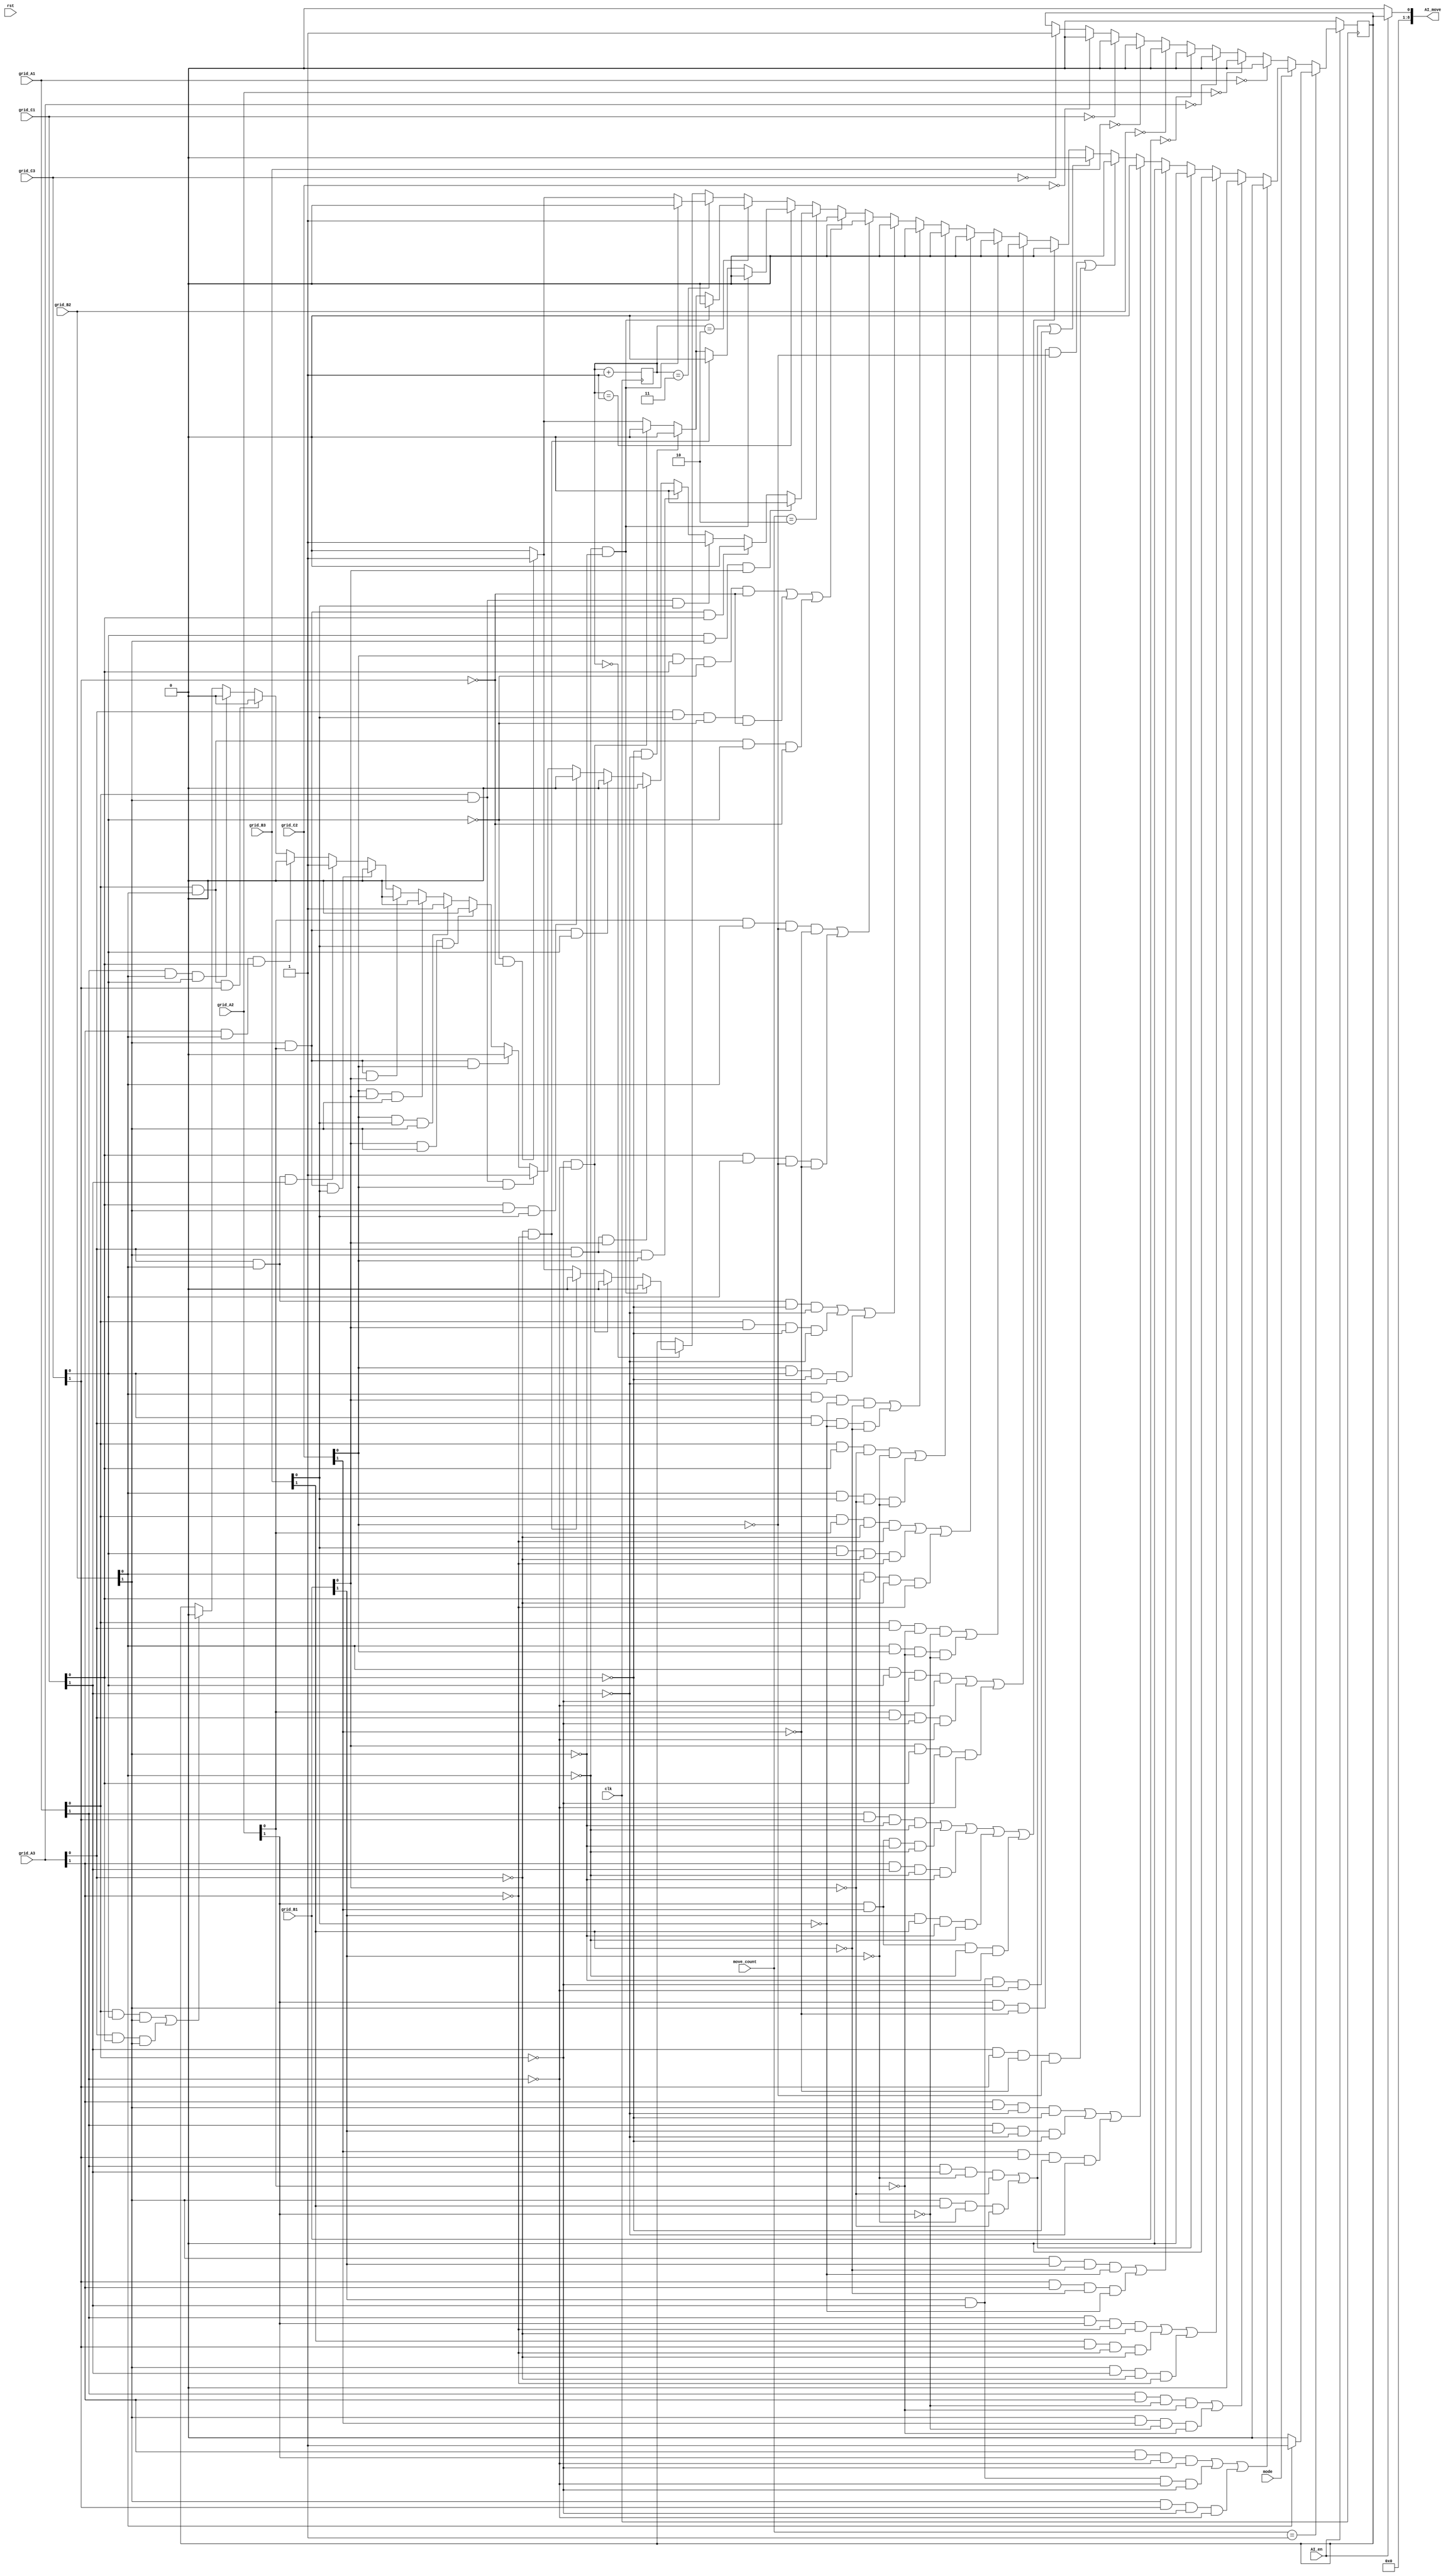
module AI(
	input clk, rst,
	input [1:0]grid_A1, grid_A2, grid_A3, grid_B1, grid_B2, grid_B3, grid_C1, grid_C2, grid_C3,
	input AI_en,
	input mode,
	input [3:0]move_count,
	output reg [8:0]AI_move
	);

	reg outans;
	reg[1:0]random;
	
	always @(*)
	begin
		if (AI_en == 1'b1)
			AI_move = outans;
		else
			AI_move = 9'd0;
	end

	// grid sqaures
	parameter A1 = 9'b100000000,
				 A2 = 9'b010000000,
				 A3 = 9'b001000000,
				 B1 = 9'b000100000,
				 B2 = 9'b000010000,
				 B3 = 9'b000001000,
				 C1 = 9'b000000100,
				 C2 = 9'b000000010,
				 C3 = 9'b000000001;

	always@(posedge clk)
	begin
		if (AI_en == 1'b0)
		begin
			outans <= 9'd0;
			random <= random + 2'd1;
		end
		else
		begin
			random <= random + 2'd1;
			if (move_count == 4'd1)
			begin
				if (grid_B2[0] == 1'b1)
				begin
					outans <= C3;
				end
				else
				begin
					outans <= B2;
				end
			end
			else 
			begin
				if (mode == 1'b1) // hard mode
				begin
					//winning
					if ((grid_A3[1] && grid_A2[1] && (~grid_A1[1]) && (~grid_A1[0])) || (grid_B1[1] && grid_C1[1] && (~grid_A1[1]) && (~grid_A1[0])) || (grid_B2[1] && grid_C3[1] && (~grid_A1[0]) && (~grid_A1[1])))
					begin
						outans <= A1;
					end
					else if ((grid_A1[1] && grid_A3[1] && (~grid_A2[1]) && (~grid_A2[0])) || (grid_B2[1] && grid_C2[1] && (~grid_A2[1]) && (~grid_A2[0])))
					begin
						outans <= A2;
					end
					else if ((grid_A1[1] && grid_A2[1] && (~grid_A3[1]) && (~grid_A3[0])) || (grid_B3[1] && grid_C3[1] && (~grid_A3[1]) && (~grid_A3[0])) || (grid_B2[1] && grid_C1[1] && (~grid_A3[0]) && (~grid_A3[1])))
					begin
						outans <= A3;
					end
					else if ((grid_A1[1] && grid_C1[1] && (~grid_B1[1]) && (~grid_B1[0])) || (grid_B2[1] && grid_B3[1] && (~grid_B1[1]) && (~grid_B1[0])))
					begin
						outans <= B1;
					end
					else if ((grid_B2[1] && grid_B1[1] && (~grid_B3[1]) && (~grid_B3[0])) || (grid_C3[1] && grid_A3[1] && (~grid_B3[1]) && (~grid_B3[0])))
					begin
						outans <= B3;
					end
					else if ((grid_A3[1] && grid_B2[1] && (~grid_C1[1]) && (~grid_C1[0])) || (grid_A1[1] && grid_B1[1] && (~grid_C1[1]) && (~grid_C1[0])) || (grid_C2[1] && grid_C3[1] && (~grid_C1[0]) && (~grid_C1[1])))
					begin
						outans <= C1;
					end
					else if ((grid_A2[1] && grid_B2[1] && (~grid_C2[1]) && (~grid_C2[0])) || (grid_C1[1] && grid_C3[1] && (~grid_C2[1]) && (~grid_C2[0])))
					begin
						outans <= C2;
					end
					else if ((grid_A1[1] && grid_C1[1] && (~grid_B1[1]) && (~grid_B1[0])) || (grid_B2[1] && grid_B3[1] && (~grid_B1[1]) && (~grid_B1[0])) || (grid_B1[1] && grid_C1[1] && (~grid_A1[0]) && (~grid_A1[1])))
					begin
						outans <= B1;
					end
					else if ((grid_A1[1] && grid_C3[1] && (~grid_B2[1]) && (~grid_B2[0])) || (grid_A2[1] && grid_C2[1] && (~grid_B2[1]) && (~grid_B2[0])) || (grid_A3[1] && grid_C1[1] && (~grid_B2[0]) && (~grid_B2[1])) || (grid_B1[1] && grid_B3[1] && (~grid_B2[1]) && (~grid_B2[0])) || (grid_A2[1] && grid_C2[1] && (~grid_B2[0]) && (~grid_B2[1])))
					begin
						outans <= B2;
					end
					//blocking
					else if ((grid_B2[0] && grid_C3[0] && (~grid_A1[0]) && (~grid_A1[1])) || (grid_A2[0] && grid_A3[0] && (~grid_A1[0]) && (~grid_A1[1])) || (grid_B1[0] && grid_C1[0] && (~grid_A1[0]) && (~grid_A1[1])))
					begin
						outans <= A1;
					end
					else if ((grid_A1[0] && grid_A3[0] && (~grid_A2[0]) && (~grid_A2[1])) || (grid_B2[0] && grid_C2[0] && (~grid_A2[0]) && (~grid_A2[1])))
					begin
						outans <= A2;
					end
					else if ((grid_A1[0] && grid_A2[0] && (~grid_A3[0]) && (~grid_A3[1])) || (grid_B3[0] && grid_C3[0] && (~grid_A3[0]) && (~grid_A3[1])) || (grid_B2[0] && grid_C1[0] && (~grid_A3[0]) && (~grid_A3[1])))
					begin
						outans <= A3;
					end
					else if ((grid_A1[0] && grid_C1[0] && (~grid_B1[0]) && (~grid_B1[1])) || (grid_B2[0] && grid_B3[0] && (~grid_B1[0]) && (~grid_B1[1])))
					begin
						outans <= B1;
					end
					else if ((grid_B2[0] && grid_B1[0] && (~grid_B3[0]) && (~grid_B3[1])) || (grid_C3[0] && grid_A3[0] && (~grid_B3[0]) && (~grid_B3[1])))
					begin
						outans <= B3;
					end
					else if ((grid_A3[0] && grid_B2[0] && (~grid_C1[0]) && (~grid_C1[1])) || (grid_A1[0] && grid_B1[0] && (~grid_C1[0]) && (~grid_C1[1])) || (grid_C2[0] && grid_C3[0] && (~grid_C1[0]) && (~grid_C1[1])))
					begin
						outans <= C1;
					end
					else if ((grid_A2[0] && grid_B2[0] && (~grid_C2[0]) && (~grid_C2[1])) || (grid_C1[0] && grid_C3[0] && (~grid_C2[0]) && (~grid_C2[1])))
					begin
						outans <= C2;
					end
					else if ((grid_C2[0] && grid_C1[0] && (~grid_C3[0]) && (~grid_C3[1])) || (grid_A3[0] && grid_B3[0] && (~grid_C3[0]) && (~grid_C3[1])) || (grid_A1[0] && grid_B2[0] && (~grid_C3[0]) && (~grid_C3[1])))
					begin
						outans <= C3;
					end
					//unwinning
					else if (move_count == 4'd2)
					begin
					//O _ _
					//_ X _
					//_ _ O
						if ((grid_A1[0] && grid_C3[0] && grid_B2[1]) || (grid_A3[0] && grid_C1[0] && grid_B2[1]))
						begin
							outans <= A2;
						end

					//X _ _
					//_ O _
					//_ _ O
						if ((grid_A1[1] && grid_B2[0] && grid_C3[0]))
						begin
							outans <= A3;
						end
						if ((grid_A1[0] && grid_B2[0] && grid_C3[1]))
						begin
							outans <= C1;
						end
						if ((grid_A3[1] && grid_B2[0] && grid_C1[0]))
						begin
							outans <= A1;
						end
						if ((grid_A3[0] && grid_B2[0] && grid_C1[1]))
						begin
							outans <= C3;
						end

					//_ O _
					//_ X O
					//_ _ _
						if (grid_B2[1] && grid_A2[0] && grid_B3[0])
						begin
							outans <= A3;
						end
						if (grid_B2[1] && grid_A2[0] && grid_B1[0])
						begin
							outans <= A1;
						end
						if (grid_C2[0] && grid_B1[0] && grid_B2[1])
						begin
							outans <= C1;
						end
						if (grid_C2[0] && grid_B3[0] && grid_B2[1])
						begin
							outans <= C3;
						end

					//_ O _
					//_ X _
					//_ O _
						if (grid_B1[0] && grid_B2[1] && grid_B3[0])
						begin
							outans <= A2;
						end
						if (grid_A2[0] && grid_B2[1] && grid_C2[0])
						begin
							outans <= B3;
						end
						
					//_ _ O
					//_ X _
					//_ O _
						if (grid_A1[0] && grid_B2[1] && grid_C2[0])
						begin
							outans <= C3;
						end
						if (grid_C1[0] && grid_B2[1] && grid_B3[0])
						begin
							outans <= A3;
						end
						if (grid_A2[0] && grid_B2[1] && grid_C3[0])
						begin
							outans <= A1;
						end
						if (grid_A3[0] && grid_B2[1] && grid_B1[0])
						begin
							outans <= C1;
						end
					//O _ _
					//_ X _
					//_ O _
						if (grid_A3[0] && grid_B2[1] && grid_C2[0])
						begin
							outans <= C1;
						end
						if (grid_A1[0] && grid_B2[1] && grid_B3[0])
						begin
							outans <= C3;
						end
						if (grid_A2[0] && grid_B2[1] && grid_C1[0])
						begin
							outans <= A3;
						end
						if (grid_C3[0] && grid_B2[1] && grid_B1[0])
						begin
							outans <= A1;
						end

					end
					else 
					begin
						if (random == 2'd1)
						begin
							if (grid_B2[0] == 1'b0 && grid_B2[1] == 1'b0)
							begin
								outans <= B2;
							end
							else if (grid_A3[0] == 1'b0 && grid_A3[1] == 1'b0)
							begin
								outans <= A3;
							end
							else if (grid_C1[0] == 1'b0 && grid_C1[1] == 1'b0)
							begin
								outans <= C1;
							end
							else if (grid_A1[0] == 1'b0 && grid_A1[1] == 1'b0)
							begin
								outans <= A1;
							end
							else if (grid_C3[0] == 1'b0 && grid_C3[1] == 1'b0)
							begin
								outans <= C3;
							end
							else if (grid_B1[0] == 1'b0 && grid_B1[1] == 1'b0)
							begin
								outans <= B1;
							end
							else if (grid_B3[0] == 1'b0 && grid_B3[1] == 1'b0)
							begin
								outans <= B3;
							end
							else if (grid_A2[0] == 1'b0 && grid_A2[1] == 1'b0)
							begin
								outans <= A2;
							end
							else if (grid_C2[0] == 1'b0 && grid_C2[1] == 1'b0)
							begin
								outans <= C2;
							end
							else
							begin
								outans <= 9'd0;
							end
						end
						else if (random == 2)
						begin
							if (grid_B2[0] == 1'b0 && grid_B2[1] == 1'b0)
							begin
								outans <= B2;
							end
							else if (grid_C1[0] == 1'b0 && grid_C1[1] == 1'b0)
							begin
								outans <= C1;
							end
							else if (grid_A1[0] == 1'b0 && grid_A1[1] == 1'b0)
							begin
								outans <= A1;
							end
							else if (grid_C3[0] == 1'b0 && grid_C3[1] == 1'b0)
							begin
								outans <= C3;
							end
							else if (grid_A3[0] == 1'b0 && grid_A3[1] == 1'b0)
							begin
								outans <= A3;
							end
							else if (grid_A2[0] == 1'b0 && grid_A2[1] == 1'b0)
							begin
								outans <= A2;
							end
							
							else if (grid_C2[0] == 1'b0 && grid_C2[1] == 1'b0)
							begin
								outans <= C2;
							end
							else if (grid_B1[0] == 1'b0 && grid_B1[1] == 1'b0)
							begin
								outans <= B1;
							end
							else if (grid_B3[0] == 1'b0 && grid_B3[1] == 1'b0)
							begin
								outans <= B3;
							end
							
							else
							begin
								outans <= 9'd0;
							end
						end
						else if (random == 3)
						begin
							if (grid_B2[0] == 1'b0 && grid_B2[1] == 1'b0)
							begin
								outans <= B2;
							end
							else if (grid_C3[0] == 1'b0 && grid_C3[1] == 1'b0)
							begin
								outans <= C3;
							end
							else if (grid_A3[0] == 1'b0 && grid_A3[1] == 1'b0)
							begin
								outans <= A3;
							end
							else if (grid_C1[0] == 1'b0 && grid_C1[1] == 1'b0)
							begin
								outans <= C1;
							end
							else if (grid_A1[0] == 1'b0 && grid_A1[1] == 1'b0)
							begin
								outans <= A1;
							end
							else if (grid_A2[0] == 1'b0 && grid_A2[1] == 1'b0)
							begin
								outans <= A2;
							end
							
							else if (grid_B1[0] == 1'b0 && grid_B1[1] == 1'b0)
							begin
								outans <= B1;
							end
							else if (grid_B3[0] == 1'b0 && grid_B3[1] == 1'b0)
							begin
								outans <= B3;
							end
							
							else if (grid_C2[0] == 1'b0 && grid_C2[1] == 1'b0)
							begin
								outans <= C2;
							end
							
							else
							begin
								outans <= 9'd0;
							end
						end
						else if (random == 1'b0)
						begin
							if (grid_B2[0] == 1'b0 && grid_B2[1] == 1'b0)
							begin
								outans <= B2;
							end
							else if (grid_A1[0] == 1'b0 && grid_A1[1] == 1'b0)
							begin
								outans <= A1;
							end
							
							else if (grid_A3[0] == 1'b0 && grid_A3[1] == 1'b0)
							begin
								outans <= A3;
							end
							else if (grid_C3[0] == 1'b0 && grid_C3[1] == 1'b0)
							begin
								outans <= C3;
							end
							else if (grid_C1[0] == 1'b0 && grid_C1[1] == 1'b0)
							begin
								outans <= C1;
							end
							else if (grid_B1[0] == 1'b0 && grid_B1[1] == 1'b0)
							begin
								outans <= B1;
							end
							else if (grid_B3[0] == 1'b0 && grid_B3[1] == 1'b0)
							begin
								outans <= B3;
							end
							else if (grid_A2[0] == 1'b0 && grid_A2[1] == 1'b0)
							begin
								outans <= A2;
							end
							
							else if (grid_C2[0] == 1'b0 && grid_C2[1] == 1'b0)
							begin
								outans <= C2;
							end
							
							else
							begin
								outans <= 9'd0;
							end
						end
					end
				end
				else if (mode == 1'b0) // easy mode
				begin
				
					if (grid_A1 == 2'd0)
						outans <= A1;
					else if (grid_A2 == 2'd0)
						outans <= A2;
					else if (grid_A3 == 2'd0)
						outans <= A3;
					else if (grid_B1 == 2'd0)
						outans <= B1;
					else if (grid_B2 == 2'd0)
						outans <= B2;
					else if (grid_B3 == 2'd0)
						outans <= B3;
					else if (grid_C1 == 2'd0)
						outans <= C1;
					else if (grid_C2 == 2'd0)
						outans <= C2;
					else if (grid_C3 == 2'd0)
						outans <= C3;
					
				
				
				
				
//					//blocking
//					if ((grid_B2[0] && grid_C3[0] && (~grid_A1[0]) && (~grid_A1[1])) || (grid_A2[0] && grid_A3[0] && (~grid_A1[0]) && (~grid_A1[1])) || (grid_B1[0] && grid_C1[0] && (~grid_A1[0]) && (~grid_A1[1])))
//					begin
//						outans <= A1;
//					end
//					else if ((grid_A1[0] && grid_A3[0] && (~grid_A2[0]) && (~grid_A2[1])) || (grid_B2[0] && grid_C2[0] && (~grid_A2[0]) && (~grid_A2[1])))
//					begin
//						outans <= A2;
//					end
//					else if ((grid_A1[0] && grid_A2[0] && (~grid_A3[0]) && (~grid_A3[1])) || (grid_B3[0] && grid_C3[0] && (~grid_A3[0]) && (~grid_A3[1])) || (grid_B2[0] && grid_C1[0] && (~grid_A3[0]) && (~grid_A3[1])))
//					begin
//						outans <= A3;
//					end
//					else if ((grid_A1[0] && grid_C1[0] && (~grid_B1[0]) && (~grid_B1[1])) || (grid_B2[0] && grid_B3[0] && (~grid_B1[0]) && (~grid_B1[1])))
//					begin
//						outans <= B1;
//					end
//					else if ((grid_B2[0] && grid_B1[0] && (~grid_B3[0]) && (~grid_B3[1])) || (grid_C3[0] && grid_A3[0] && (~grid_B3[0]) && (~grid_B3[1])))
//					begin
//						outans <= B3;
//					end
//					else if ((grid_A3[0] && grid_B2[0] && (~grid_C1[0]) && (~grid_C1[1])) || (grid_A1[0] && grid_B1[0] && (~grid_C1[0]) && (~grid_C1[1])) || (grid_C2[0] && grid_C3[0] && (~grid_C1[0]) && (~grid_C1[1])))
//					begin
//						outans <= C1;
//					end
//					else if ((grid_A2[0] && grid_B2[0] && (~grid_C2[0]) && (~grid_C2[1])) || (grid_C1[0] && grid_C3[0] && (~grid_C2[0]) && (~grid_C2[1])))
//					begin
//						outans <= C2;
//					end
//					else if ((grid_C2[0] && grid_C1[0] && (~grid_C3[0]) && (~grid_C3[1])) || (grid_A3[0] && grid_B3[0] && (~grid_C3[0]) && (~grid_C3[1])) || (grid_A1[0] && grid_B2[0] && (~grid_C3[0]) && (~grid_C3[1])))
//					begin
//						outans <= C3;
//					end
//					
//					//winning
//					else if ((grid_A3[1] && grid_A2[1] && (~grid_A1[1]) && (~grid_A1[0])) || (grid_B1[1] && grid_C1[1] && (~grid_A1[1]) && (~grid_A1[0])) || (grid_B2[1] && grid_C3[1] && (~grid_A1[0]) && (~grid_A1[1])))
//					begin
//						outans <= A1;
//					end
//					else if ((grid_A1[1] && grid_A3[1] && (~grid_A2[1]) && (~grid_A2[0])) || (grid_B2[1] && grid_C2[1] && (~grid_A2[1]) && (~grid_A2[0])))
//					begin
//						outans <= A2;
//					end
//					else if ((grid_A1[1] && grid_A2[1] && (~grid_A3[1]) && (~grid_A3[0])) || (grid_B3[1] && grid_C3[1] && (~grid_A3[1]) && (~grid_A3[0])) || (grid_B2[1] && grid_C1[1] && (~grid_A3[0]) && (~grid_A3[1])))
//					begin
//						outans <= A3;
//					end
//					else if ((grid_A1[1] && grid_C1[1] && (~grid_B1[1]) && (~grid_B1[0])) || (grid_B2[1] && grid_B3[1] && (~grid_B1[1]) && (~grid_B1[0])))
//					begin
//						outans <= B1;
//					end
//					else if ((grid_B2[1] && grid_B1[1] && (~grid_B3[1]) && (~grid_B3[0])) || (grid_C3[1] && grid_A3[1] && (~grid_B3[1]) && (~grid_B3[0])))
//					begin
//						outans <= B3;
//					end
//					else if ((grid_A3[1] && grid_B2[1] && (~grid_C1[1]) && (~grid_C1[0])) || (grid_A1[1] && grid_B1[1] && (~grid_C1[1]) && (~grid_C1[0])) || (grid_C2[1] && grid_C3[1] && (~grid_C1[0]) && (~grid_C1[1])))
//					begin
//						outans <= C1;
//					end
//					else if ((grid_A2[1] && grid_B2[1] && (~grid_C2[1]) && (~grid_C2[0])) || (grid_C1[1] && grid_C3[1] && (~grid_C2[1]) && (~grid_C2[0])))
//					begin
//						outans <= C2;
//					end
//					else if ((grid_A1[1] && grid_C1[1] && (~grid_B1[1]) && (~grid_B1[0])) || (grid_B2[1] && grid_B3[1] && (~grid_B1[1]) && (~grid_B1[0])) || (grid_B1[1] && grid_C1[1] && (~grid_A1[0]) && (~grid_A1[1])))
//					begin
//						outans <= B1;
//					end
//					else if ((grid_A1[1] && grid_C3[1] && (~grid_B2[1]) && (~grid_B2[0])) || (grid_A2[1] && grid_C2[1] && (~grid_B2[1]) && (~grid_B2[0])) || (grid_A3[1] && grid_C1[1] && (~grid_B2[0]) && (~grid_B2[1])) || (grid_B1[1] && grid_B3[1] && (~grid_B2[1]) && (~grid_B2[0])) || (grid_A2[1] && grid_C2[1] && (~grid_B2[0]) && (~grid_B2[1])))
//					begin
//						outans <= B2;
//					end
//					//unwinning
//					else if (move_count == 4'd2)
//					begin
//					//O _ _
//					//_ X _
//					//_ _ O
//						if ((grid_A1[0] && grid_C3[0] && grid_B2[1]) || (grid_A3[0] && grid_C1[0] && grid_B2[1]))
//						begin
//							outans <= A2;
//						end
//
//					//X _ _
//					//_ O _
//					//_ _ O
//						if ((grid_A1[1] && grid_B2[0] && grid_C3[0]))
//						begin
//							outans <= A3;
//						end
//						if ((grid_A1[0] && grid_B2[0] && grid_C3[1]))
//						begin
//							outans <= C1;
//						end
//						if ((grid_A3[1] && grid_B2[0] && grid_C1[0]))
//						begin
//							outans <= A1;
//						end
//						if ((grid_A3[0] && grid_B2[0] && grid_C1[1]))
//						begin
//							outans <= C3;
//						end
//
//					//_ O _
//					//_ X O
//					//_ _ _
//						if (grid_B2[1] && grid_A2[0] && grid_B3[0])
//						begin
//							outans <= A3;
//						end
//						if (grid_B2[1] && grid_A2[0] && grid_B1[0])
//						begin
//							outans <= A1;
//						end
//						if (grid_C2[0] && grid_B1[0] && grid_B2[1])
//						begin
//							outans <= C1;
//						end
//						if (grid_C2[0] && grid_B3[0] && grid_B2[1])
//						begin
//							outans <= C3;
//						end
//
//					//_ O _
//					//_ X _
//					//_ O _
//						if (grid_B1[0] && grid_B2[1] && grid_B3[0])
//						begin
//							outans <= A2;
//						end
//						if (grid_A2[0] && grid_B2[1] && grid_C2[0])
//						begin
//							outans <= B3;
//						end
//						
//					//_ _ O
//					//_ X _
//					//_ O _
//						if (grid_A1[0] && grid_B2[1] && grid_C2[0])
//						begin
//							outans <= C3;
//						end
//						if (grid_C1[0] && grid_B2[1] && grid_B3[0])
//						begin
//							outans <= A3;
//						end
//						if (grid_A2[0] && grid_B2[1] && grid_C3[0])
//						begin
//							outans <= A1;
//						end
//						if (grid_A3[0] && grid_B2[1] && grid_B1[0])
//						begin
//							outans <= C1;
//						end
//					//O _ _
//					//_ X _
//					//_ O _
//						if (grid_A3[0] && grid_B2[1] && grid_C2[0])
//						begin
//							outans <= C1;
//						end
//						if (grid_A1[0] && grid_B2[1] && grid_B3[0])
//						begin
//							outans <= C3;
//						end
//						if (grid_A2[0] && grid_B2[1] && grid_C1[0])
//						begin
//							outans <= A3;
//						end
//						if (grid_C3[0] && grid_B2[1] && grid_B1[0])
//						begin
//							outans <= A1;
//						end
//
//					end
//					else 
//					begin
//						if (grid_A1[0] == 1'b0 && grid_A1[1] == 1'b0)
//						begin
//							outans <= A1;
//						end
//						else if (grid_A2[0] == 1'b0 && grid_A2[1] == 1'b0)
//						begin
//							outans <= A2;
//						end
//						else if (grid_A3[0] == 1'b0 && grid_A3[1] == 1'b0)
//						begin
//							outans <= A3;
//						end
//						else if (grid_B1[0] == 1'b0 && grid_B1[1] == 1'b0)
//						begin
//							outans <= B1;
//						end
//						else if (grid_B2[0] == 1'b0 && grid_B2[1] == 1'b0)
//						begin
//							outans <= B2;
//						end
//						else if (grid_B3[0] == 1'b0 && grid_B3[1] == 1'b0)
//						begin
//							outans <= B3;
//						end
//						else if (grid_C1[0] == 1'b0 && grid_C1[1] == 1'b0)
//						begin
//							outans <= C1;
//						end
//						else if (grid_C2[0] == 1'b0 && grid_C2[1] == 1'b0)
//						begin
//							outans <= C2;
//						end
//						else if (grid_C3[0] == 1'b0 && grid_C3[1] == 1'b0)
//						begin
//							outans <= C3;
//						end
//						else
//						begin
//							outans <= 9'd0;
//						end
//					end
				end
			end
		end
	end

endmodule